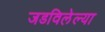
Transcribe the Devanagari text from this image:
जडविलेल्या